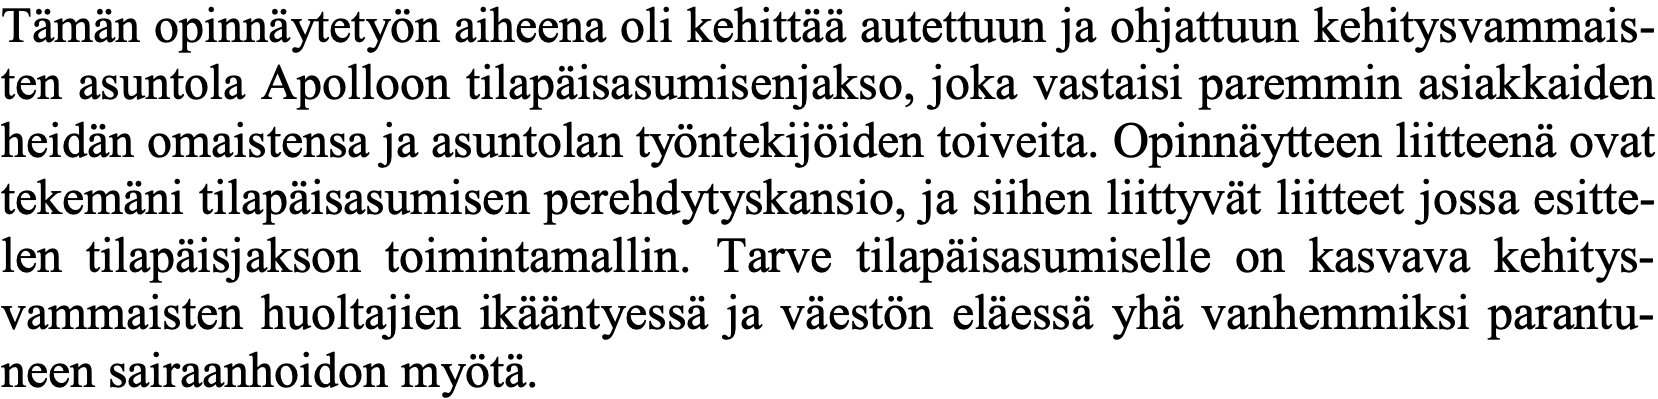
Tämän opinnäytetyön aiheena oli kehittää autettuun ja ohjattuun kehitysvammais- ten asuntola Apolloon tilapäisasumisenjakso, joka vastaisi paremmin asiakkaiden heidän omaistensa ja asuntolan työntekijöiden toiveita. Opinnäytteen liitteenä ovat tekemäni tilapäisasumisen perehdytyskansio, ja siihen liittyvät liitteet jossa esitte- len tilapäisjakson toimintamallin. Tarve tilapäisasumiselle on kasvava kehitys- vammaisten huoltajien ikääntyessä ja väestön eläessä yhä vanhemmiksi parantu- neen sairaanhoidon myötä.